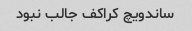
ساندویچ کراکف جالب نبود